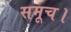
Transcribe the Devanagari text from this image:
समूच।